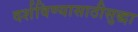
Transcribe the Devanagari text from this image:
दर्शविण्यासाठीसुद्धा